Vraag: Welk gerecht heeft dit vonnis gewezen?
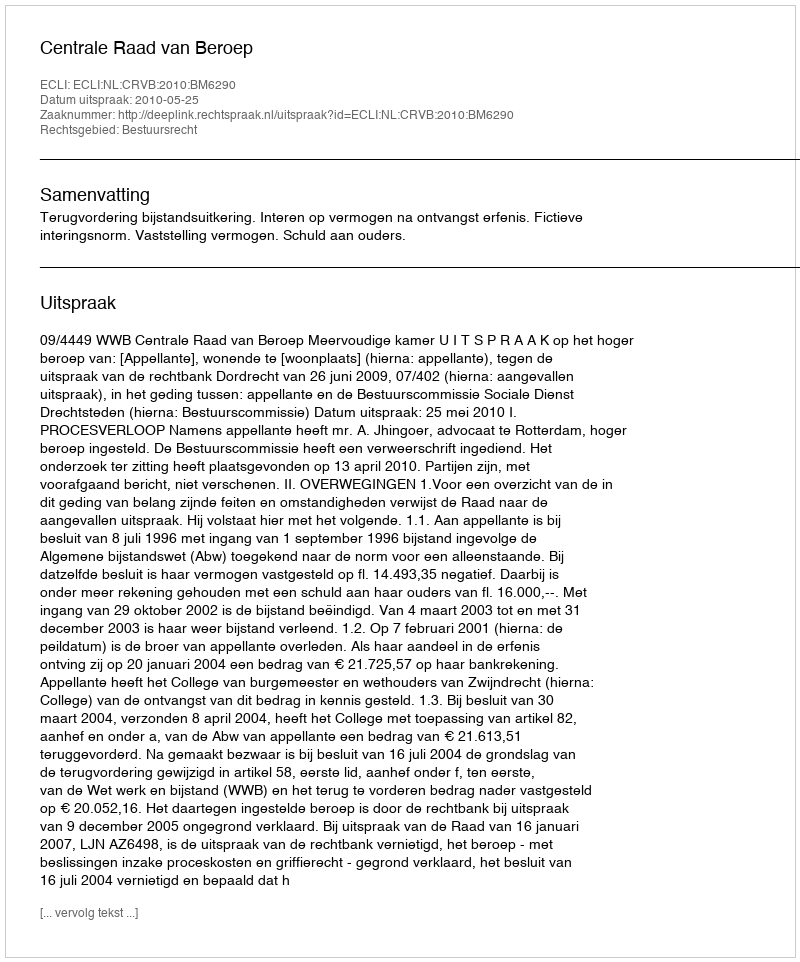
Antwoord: Centrale Raad van Beroep